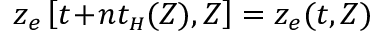
z _ { e } \left[ t \! + \! n t _ { { \scriptscriptstyle H } } ( Z ) , Z \right] = z _ { e } ( t , Z )